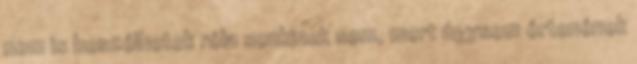
nem is beszélhetek róla senkinek sem, mert úgysem értenének